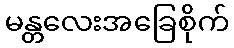
မန္တလေးအခြေစိုက်